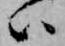
ハ